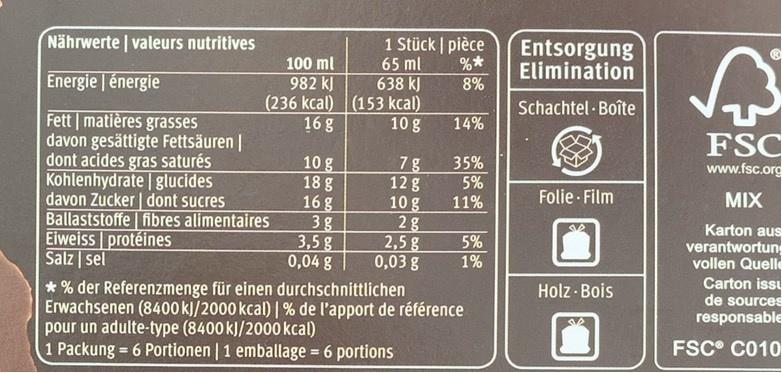
1 Stück | pièce %*
Entsorgung Elimination
Nährwerte | valeurs nutritives
65 ml 638 kJ (236 kcal) (153 kcal) 10 g
100 ml
8%
Energie énergie
982 kJ
Schachtel Boîte
Fett matières grasses davon gesättigte Fettsäuren | dont acides gras saturés Kohlenhydrate glucides davon Zucker | dont sucres Ballaststoffe | fibres alimentaires Eiweiss protéines Salz | sel
16 g
14%
FSC www.fsc.org
10 g 18 g 16 g 3g 3,5 g 0,04 g
35% 5%
7g 12 g 10 g 2g 2,5g 0,03 g
Folie - Film
MIX
11%
Karton aus verantwortun vollen Quelle Carton issu de sources responsable
5%
1%
Holz - Bois
* % der Referenzmenge für einen durchschnittlichen Erwachsenen (8400 kJ/2000 kcal) | % de l'apport de référence pour un adulte-type (8400 kJ/2000 kcal) 1 Packung = 6 Portionen | 1 emballage = 6 portions
FSC° C010
%3D